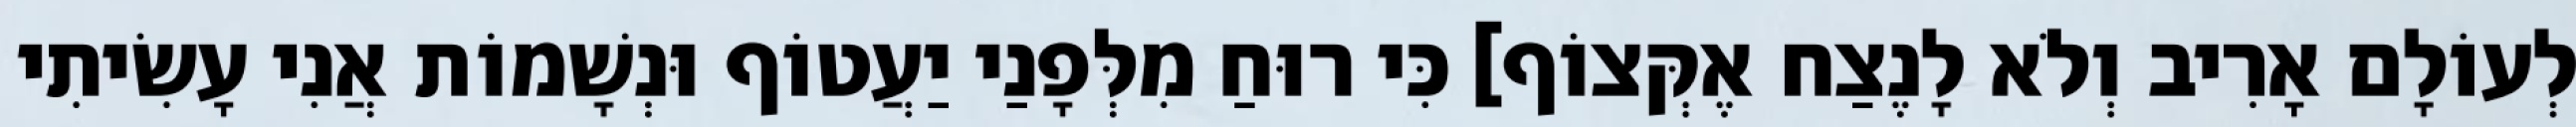
לְעוֹלָם אָרִיב וְלֹא לָנֶצַח אֶקְּצוֹף] כִּי רוּחַ מִלְּפָנַי יַעֲטוֹף וּנְשָׁמוֹת אֲנִי עָשִׂיתִי